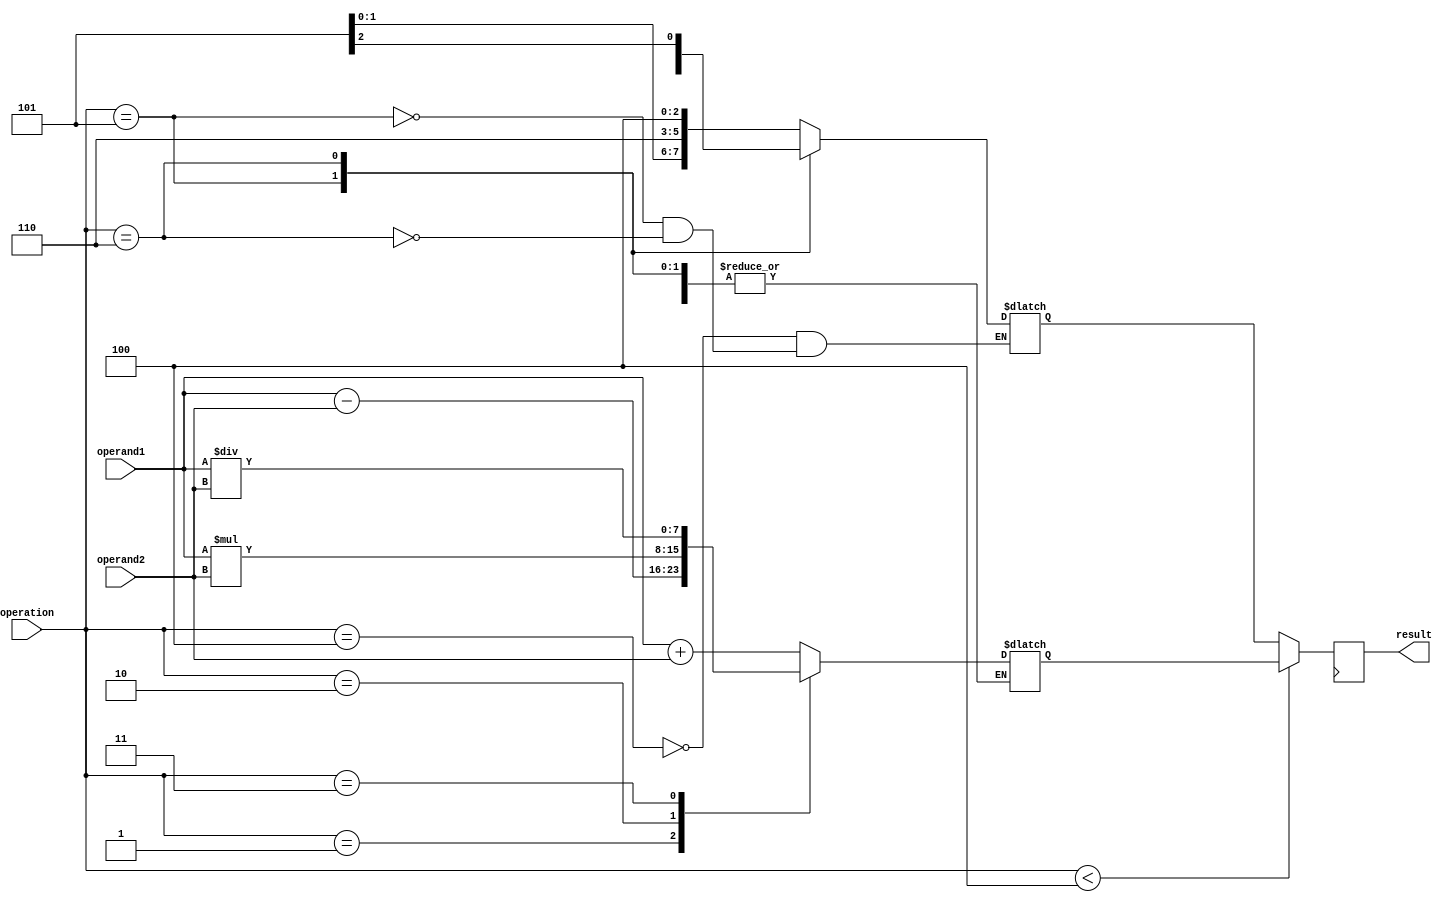
module TrigonometricALU (
    input wire [7:0] operand1,
    input wire [7:0] operand2,
    input wire [2:0] operation, // 0: addition, 1: subtraction, 2: multiplication, 3: division, 4: sine, 5: cosine, 6: tangent
    output reg [7:0] result
);

reg [7:0] arith_result;
reg [7:0] trig_result;

always @(*) begin
    case(operation)
        0: arith_result = operand1 + operand2;
        1: arith_result = operand1 - operand2;
        2: arith_result = operand1 * operand2;
        3: arith_result = operand1 / operand2;
        4: trig_result = trig_sine(operand1);
        5: trig_result = trig_cosine(operand1);
        6: trig_result = trig_tangent(operand1);
        default: arith_result = operand1 + operand2;
    endcase
end

always @(posedge clk) begin
    if(operation < 4)
        result <= arith_result;
    else
        result <= trig_result;
end

// Trigonometric Functions Lookup Tables and Algorithms
function [7:0] trig_sine(input [7:0] angle);
    // Implementation of sine function
endfunction

function [7:0] trig_cosine(input [7:0] angle);
    // Implementation of cosine function
endfunction

function [7:0] trig_tangent(input [7:0] angle);
    // Implementation of tangent function
endfunction

endmodule